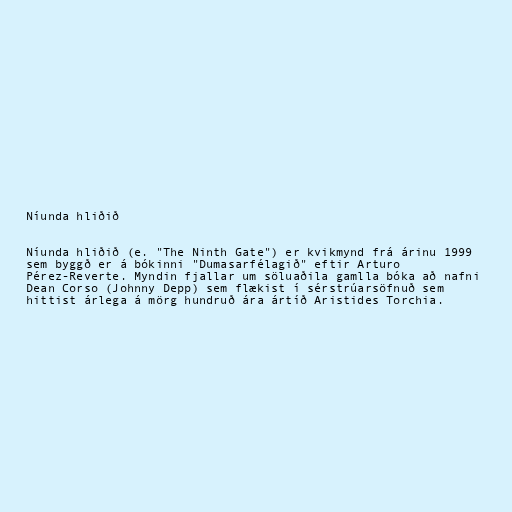
Níunda hliðið

Níunda hliðið (e. "The Ninth Gate") er kvikmynd frá árinu 1999
sem byggð er á bókinni "Dumasarfélagið" eftir Arturo
Pérez-Reverte. Myndin fjallar um söluaðila gamlla bóka að nafni
Dean Corso (Johnny Depp) sem flækist í sérstrúarsöfnuð sem
hittist árlega á mörg hundruð ára ártíð Aristides Torchia.